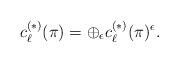
LaTeX: \begin{align*}c^{(\ast)}_\ell(\pi)=\oplus_{\epsilon}c^{(\ast)}_\ell(\pi)^{\epsilon}.\end{align*}